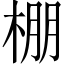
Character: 棚